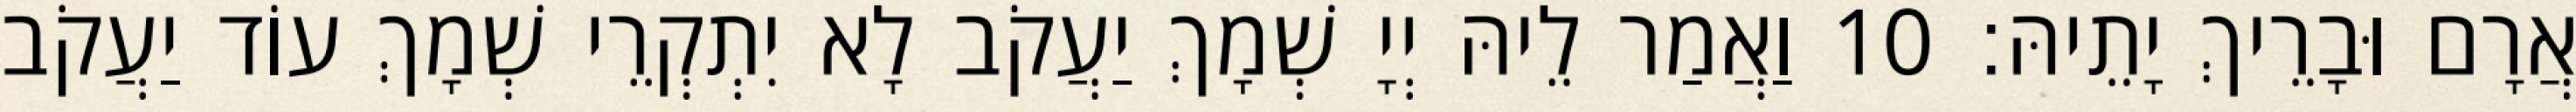
אֲרָם וּבָרֵיךְ יָתֵיהּ׃ 10 וַאֲמַר לֵיהּ יְיָ שְׁמָךְ יַעֲקֹב לָא יִתְקְרֵי שְׁמָךְ עוֹד יַעֲקֹב